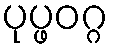
ပုပ္ဖဝဂ္ဂ